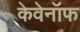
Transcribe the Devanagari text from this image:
केवेनॉफ